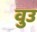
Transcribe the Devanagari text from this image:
वुउ